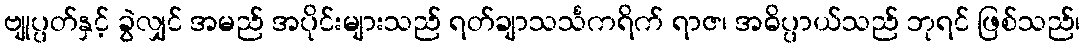
ဗျုပ္ပတ်နှင့် ခွဲလျှင် အမည် အပိုင်းများသည် ရတ်ချာသင်္သကရိက် ရာဇ၊ အဓိပ္ပာယ်သည် ဘုရင် ဖြစ်သည်၊